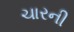
ચારની